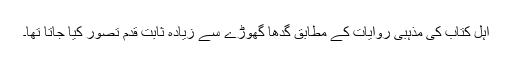
اہلِ کتاب کی مذہبی روایات کے مطابق گدھا گھوڑے سے زیادہ ثابت قدم تصور کیا جاتا تھا۔